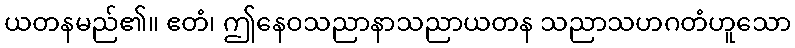
ယတနမည်၏။ ဧတံ၊ ဤနေဝသညာနာသညာယတန သညာသဟဂတံဟူသော